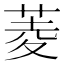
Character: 菱